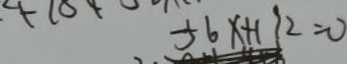
5 6 x + 1 9 2 = 0